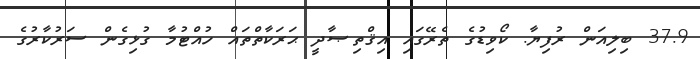
37.9 ބިލިއަން ރުފިޔާ. ކޯވިޑުގެ ތެރޭގައި އިޤްތިޞާދީ ޙަރަކާތްތައް ހުއްޓުމާ ގުޅިގެން ސަރުކާރުގެ